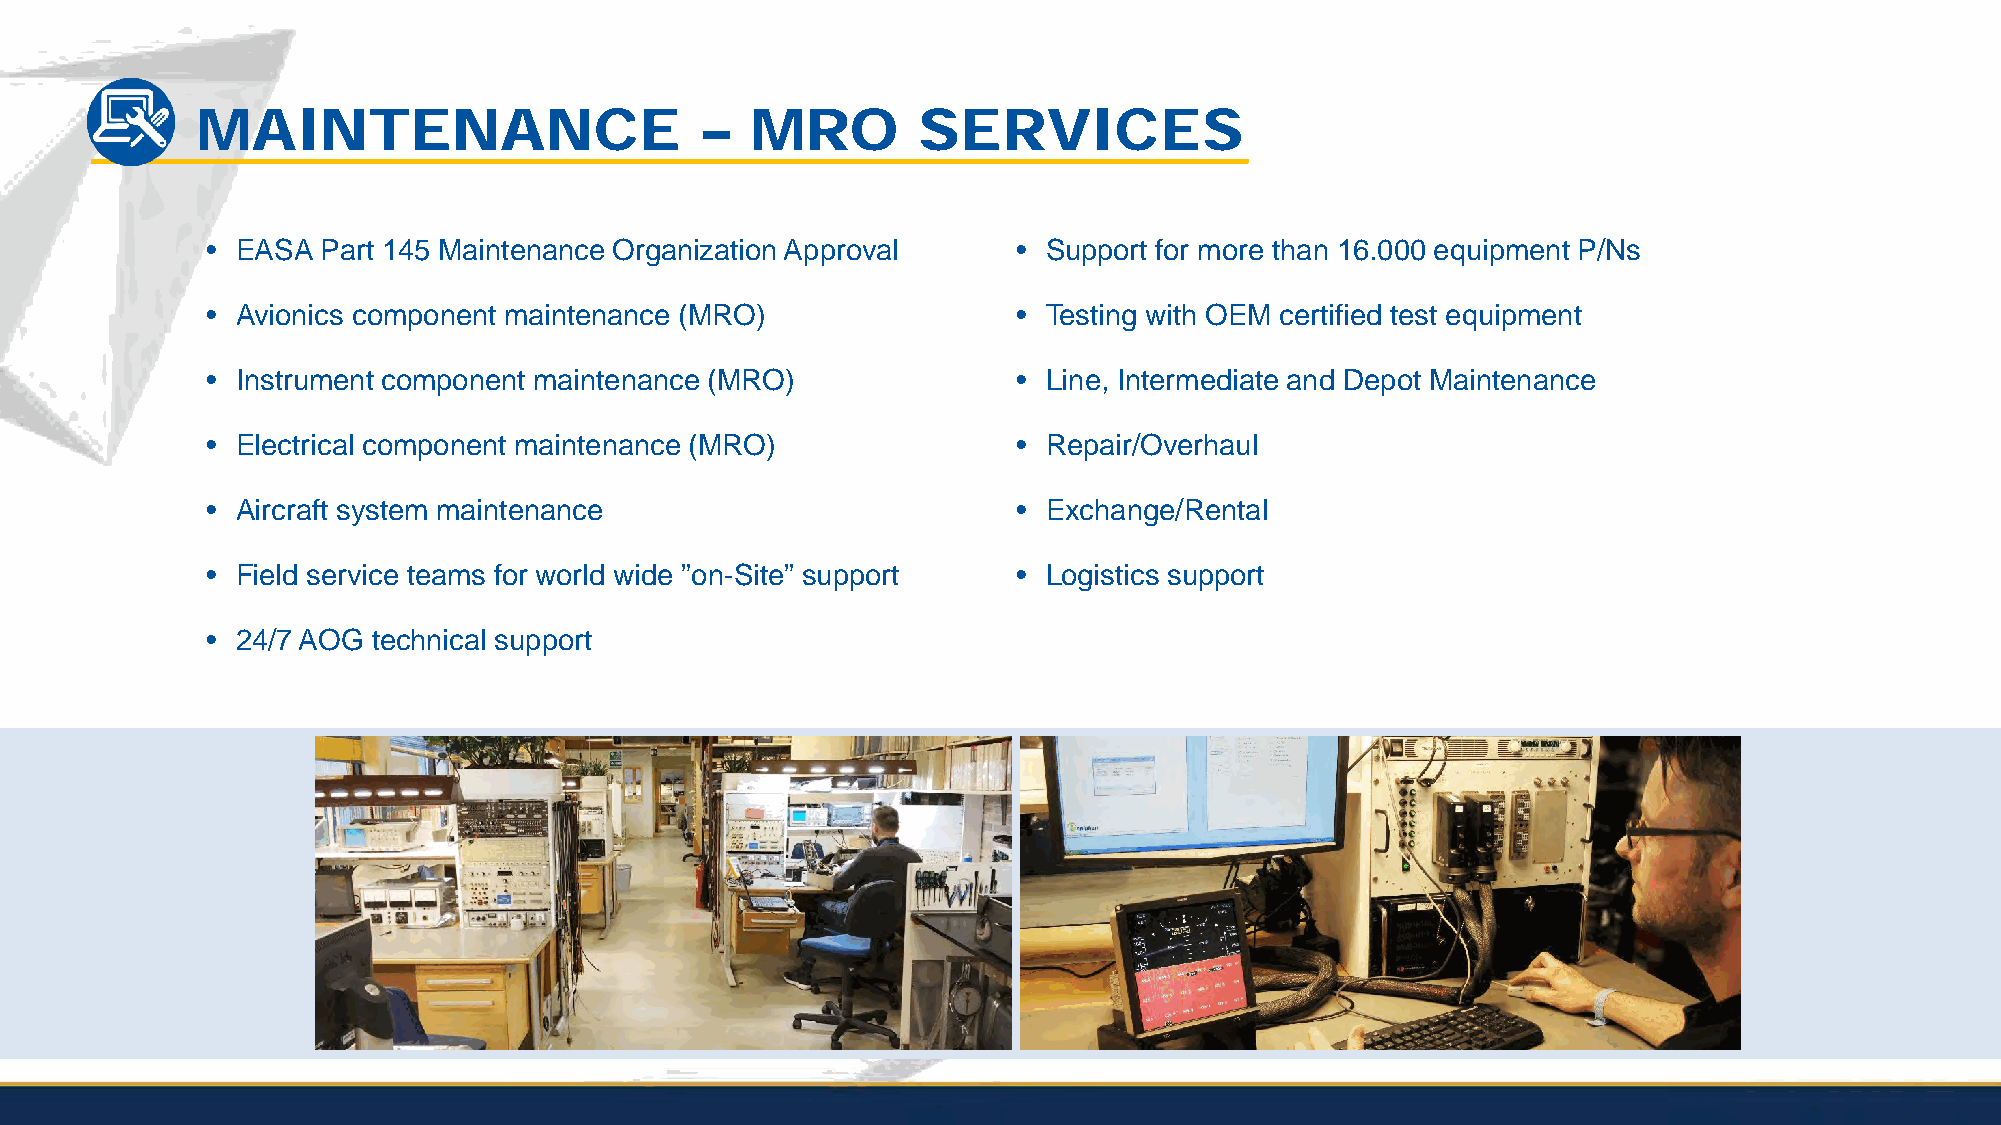
MAINTENANCE                      –   MRO        SERVICES
 • EASA Part 145 Maintenance Organization Approval    • Support for more than 16.000 equipment P/Ns
 • Avionics component maintenance (MRO)               • Testing with OEM certified test equipment
 • Instrument component maintenance (MRO)             • Line, Intermediate and Depot Maintenance
 • Electrical component maintenance (MRO)             • Repair/Overhaul
 • Aircraft system maintenance                        • Exchange/Rental
 • Field service teams for world wide ”on-Site” support • Logistics support
 • 24/7 AOG technical support